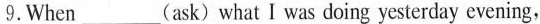
9.When ___ (ask)what I was doing yesterday evening,